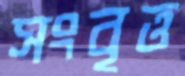
সংবৃত্ত